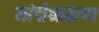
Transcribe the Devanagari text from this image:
नांदीश्राद्धाचा